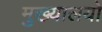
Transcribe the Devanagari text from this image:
मुख्यालयो